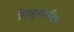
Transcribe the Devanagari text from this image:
हिस्ट्ररॉयडिया